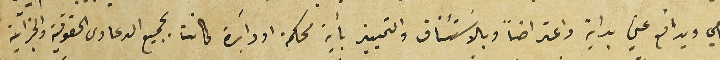
ويحامي ويدافع عني بداية واعتراضاً وبالاسَتئناف والتمييز بأية محكمة او دائِرة كانت بجميع الدعاوى الحقوقية والجزآية